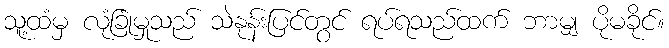
သူ့ထံမှ လုံခြုံမှုသည် သဲနုန်းပြင်တွင် ရပ်ရသည်ထက် ဘာမျှ ပိုမခိုင်။